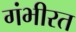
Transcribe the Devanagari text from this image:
गंभीरत